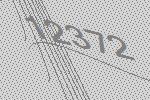
12372